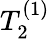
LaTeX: T_{2}^{(1)}